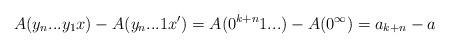
LaTeX: \begin{align*}A(y_n...y_1x) - A(y_n...1x') = A(0^{k+n}1...) - A(0^\infty)= a_{k+n} - a\end{align*}